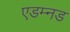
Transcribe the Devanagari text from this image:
एडम्नड